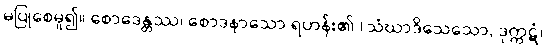
မပြုစေမူ၍။ စောဒေန္တဿ၊ စောဒနာသော ရဟန်း၏ (သံဃာဒိသေသော, ဒုက္ကဋံ၊